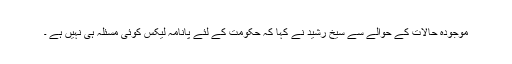
موجودہ حالات کے حوالے سے سیخ رشید نے کہا کہ حکومت کے لئے پانامہ لیکس کوئی مسئلہ ہی نہیں ہے ۔